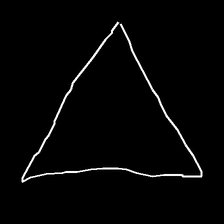
Glyph: convergence